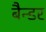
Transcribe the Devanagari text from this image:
बैन्डर